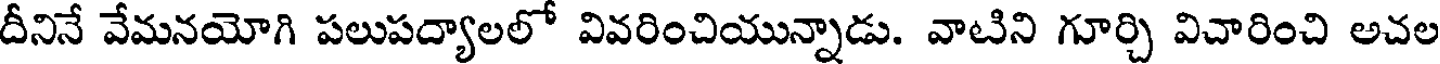
దీనినే వేమనయోగి పలుపద్యాలలో వివరించియున్నాడు. వాటిని గూర్చి విచారించి అచల